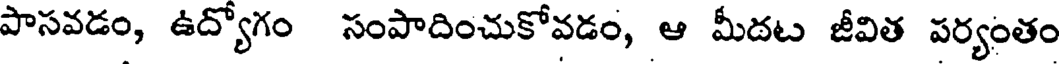
పాసవడం, ఉద్యోగం సంపాదించుకోవడం, ఆ మీదట జీవిత పర్యంతం